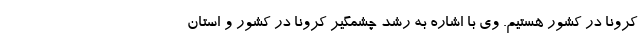
کرونا در کشور هستیم. وی با اشاره به رشد چشمگیر کرونا در کشور و استان